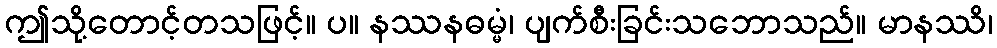
ဤသို့တောင့်တသဖြင့်။ ပ။ နဿနဓမ္မံ၊ ပျက်စီးခြင်းသဘောသည်။ မာနဿိ၊